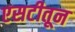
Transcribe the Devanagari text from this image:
एसटीतून